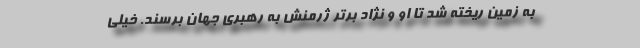
به زمین ریخته شد تا او و نژاد برتر ژرمنش به رهبری جهان برسند. خیلی